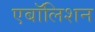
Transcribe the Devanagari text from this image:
एबॉलिशन